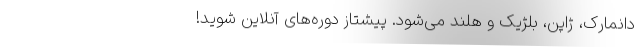
دانمارک، ژاپن، بلژیک و هلند می‌شود. پیشتاز دوره‌های آنلاین شوید!